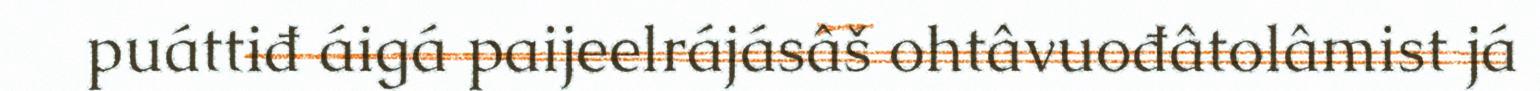
puáttiđ áigá paijeelrájásâš ohtâvuođâtolâmist já